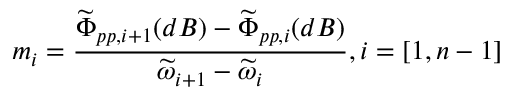
m _ { i } = \frac { \widetilde { \Phi } _ { p p , i + 1 } ( d B ) - \widetilde { \Phi } _ { p p , i } ( d B ) } { \widetilde { \omega } _ { i + 1 } - \widetilde { \omega } _ { i } } , i = [ 1 , n - 1 ]